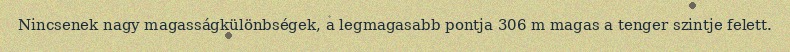
Nincsenek nagy magasságkülönbségek, a legmagasabb pontja 306 m magas a tenger szintje felett.